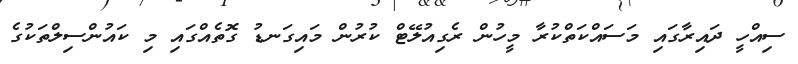
ސިއްހީ ދައިރާގައި މަސައްކަތްކުރާ މީހުން ރެގިއުލޭޓް ކުރުން މައިގަނޑު ގޮތެއްގައި މި ކައުންސިލްތަކުގެ